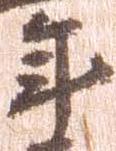
年